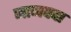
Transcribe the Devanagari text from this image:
जानपदा